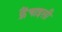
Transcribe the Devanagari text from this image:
फ्रैंचाइसी